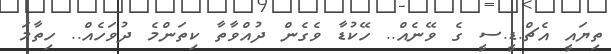
ތިޔައީ އެޗް.ޑީ.ސީ ގެ ވޭނެއް.. ހޭކުޑާ ވެގެން ދުއްވާތާ ކިތަންމެ ދުވަހެއް.. ހިތާމަ